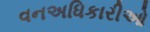
વનઅધિકારીઓ